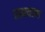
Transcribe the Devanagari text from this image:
रामयाण